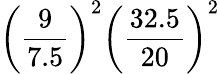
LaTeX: \left({\frac{9}{7.5}}\right)^{2}\left({\frac{32.5}{20}}\right)^{2}